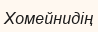
Хомейнидің